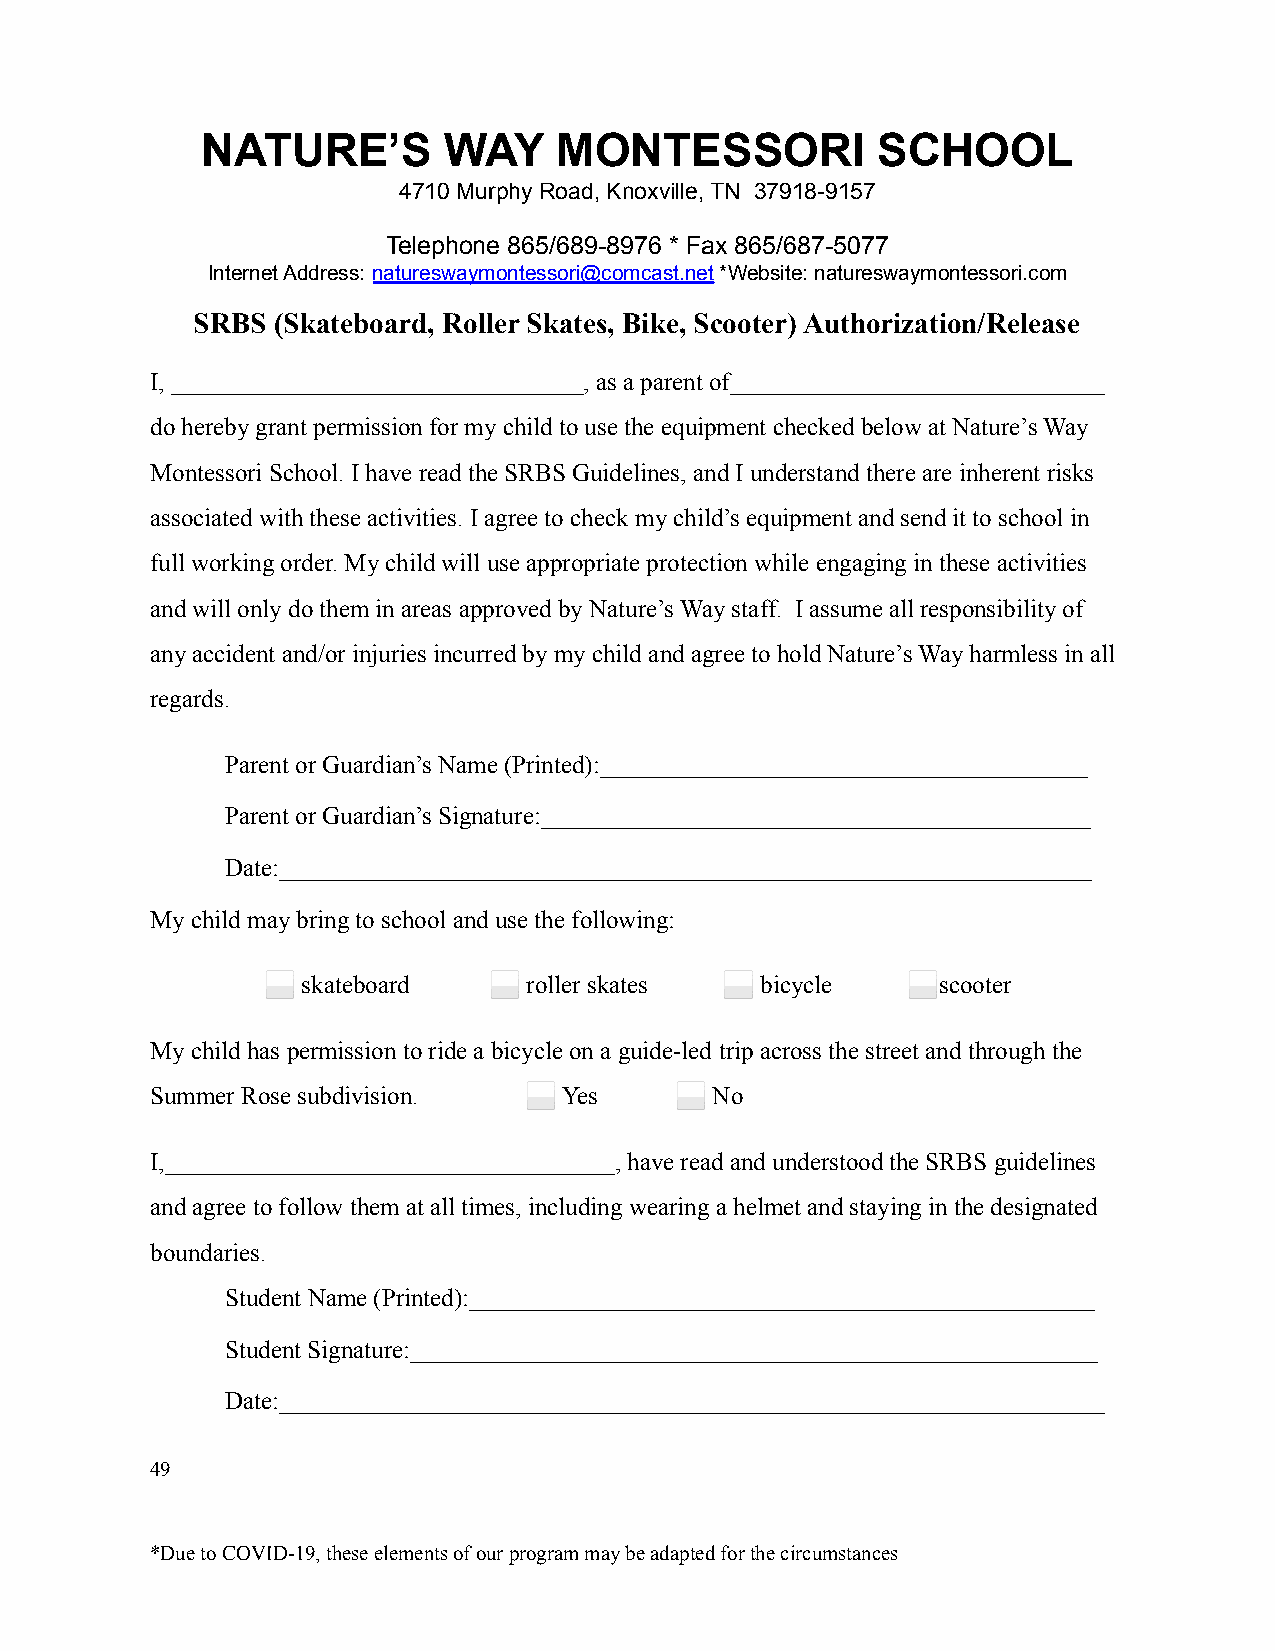
NATURE’S        WAY     MONTESSORI           SCHOOL
 4710 Murphy Road, Knoxville, TN 37918-9157
 Telephone 865/689-8976 * Fax 865/687-5077
 Internet Address: natureswaymontessori@comcast.net*Website: natureswaymontessori.com
 SRBS (Skateboard, Roller Skates, Bike, Scooter) Authorization/Release
 I, _________________________________, as a parent of______________________________
 do hereby grant permission for my child to use theequipment checked below at Nature’s Way
 Montessori School. I have read the SRBS Guidelines, and I understand there are inherent risks
 associated with these activities. I agree to checkmy child’s equipment and send it to school in
 full working order. My child will use appropriate protection while engaging in these activities
 and will only do them in areas approved by Nature’sWay staff. I assume all responsibility of
 any accident and/or injuries incurred by my childand agree to hold Nature’s Way harmless in all
 regards.
 Parent or Guardian’s Name (Printed):_______________________________________
 Parent or Guardian’s Signature:____________________________________________
 Date:_________________________________________________________________
 My child may bring to school and use the following:
 ⬜  skateboard  ⬜  roller skates ⬜ bicycle  ⬜scooter
 My child has permission to ride a bicycle on a guide-ledtrip across the street and through the
 Summer Rose subdivision. ⬜ Yes     ⬜ No
 I,____________________________________, have readand understood the SRBS guidelines
 and agree to follow them at all times, including wearing a helmet and staying in the designated
 boundaries.
 Student Name (Printed):__________________________________________________
 Student Signature:_______________________________________________________
 Date:__________________________________________________________________
 49
 *Due to COVID-19, these elements of our program maybe adapted for the circumstances